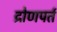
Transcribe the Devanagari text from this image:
द्रोणपर्त